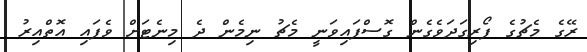
ރޭގެ މެޗުގެ ފޯރިގަދަވެގެން ގޮސްފައިވަނީ މެޗު ނިމެން ދެ މިނެޓަށް ވެފައި އޮތްއިރު